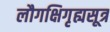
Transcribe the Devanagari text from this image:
लौगक्षिगृह्यसूत्र